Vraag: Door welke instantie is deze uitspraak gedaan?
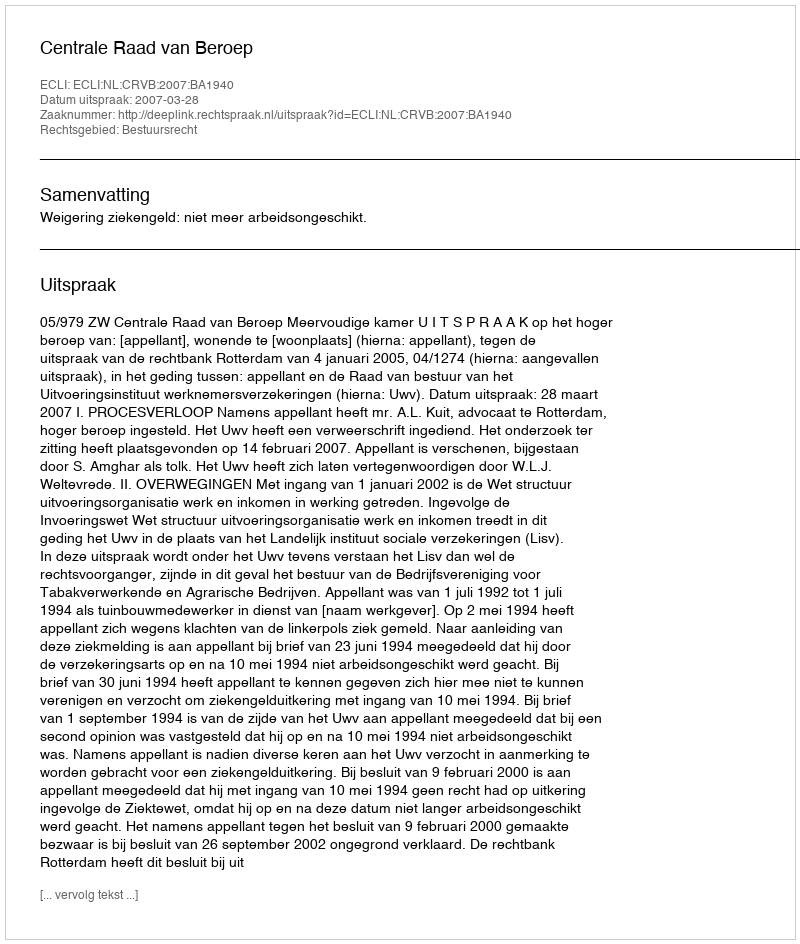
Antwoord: Centrale Raad van Beroep